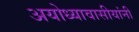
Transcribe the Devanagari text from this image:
अयोध्यावासीयांनी